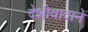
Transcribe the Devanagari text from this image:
देशीवादाने